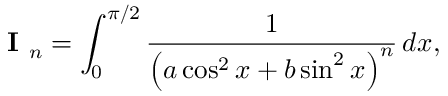
{ \textbf { I } } _ { n } = \int _ { 0 } ^ { \pi / 2 } { \frac { 1 } { \left( a \cos ^ { 2 } x + b \sin ^ { 2 } x \right) ^ { n } } } \, d x ,